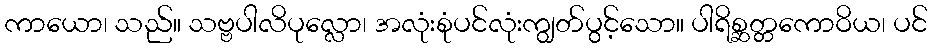
ကာယော၊ သည်။ သဗ္ဗပါလိပုလ္လော၊ အလုံးစုံပင်လုံးကျွတ်ပွင့်သော။ ပါရိစ္ဆတ္တကောဝိယ၊ ပင်